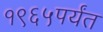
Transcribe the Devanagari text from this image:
१९६५पर्यंत